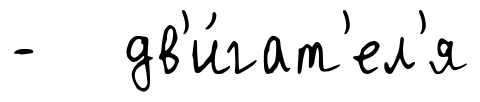
- дв'и́гат'ел'я